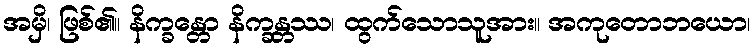
အမှိ၊ ဖြစ်၏။ နိက္ခန္တော နိက္ခန္တဿ၊ ထွက်သောသူအား။ အကုတောဘယော၊